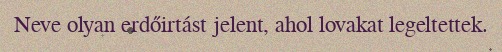
Neve olyan erdőirtást jelent, ahol lovakat legeltettek.